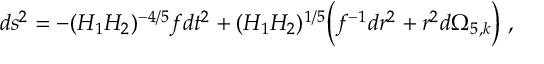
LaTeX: d s ^ { 2 } = - { ( H _ { 1 } H _ { 2 } ) ^ { - { 4 / 5 } } } f d t ^ { 2 } + ( H _ { 1 } H _ { 2 } ) ^ { 1 / 5 } \bigg ( f ^ { - 1 } { d r ^ { 2 } } + r ^ { 2 } d \Omega _ { 5 , k } \bigg ) \ ,